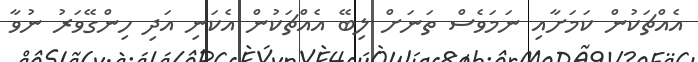
އެއްޗަކުން ކަމަށާއި ނަމަވެސް ތަނަށް ލިބޭ އެއްޗަކުން އެކަނި އަދި ހިންގޭވަރު ނުވާ